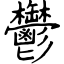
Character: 鬱